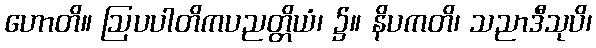
ဟောတိ။ ဩပပါတိကပညတ္တိယံ၊ ၌။ နိပကတိ၊ သညာဒီသုပိ၊